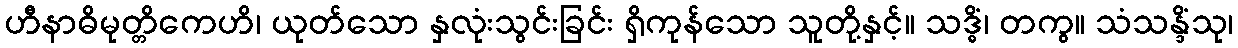
ဟီနာဓိမုတ္တိကေဟိ၊ ယုတ်သော နှလုံးသွင်းခြင်း ရှိကုန်သော သူတို့နှင့်။ သဒ္ဓိံ၊ တကွ။ သံသန္ဒိံသု၊